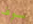
سوف